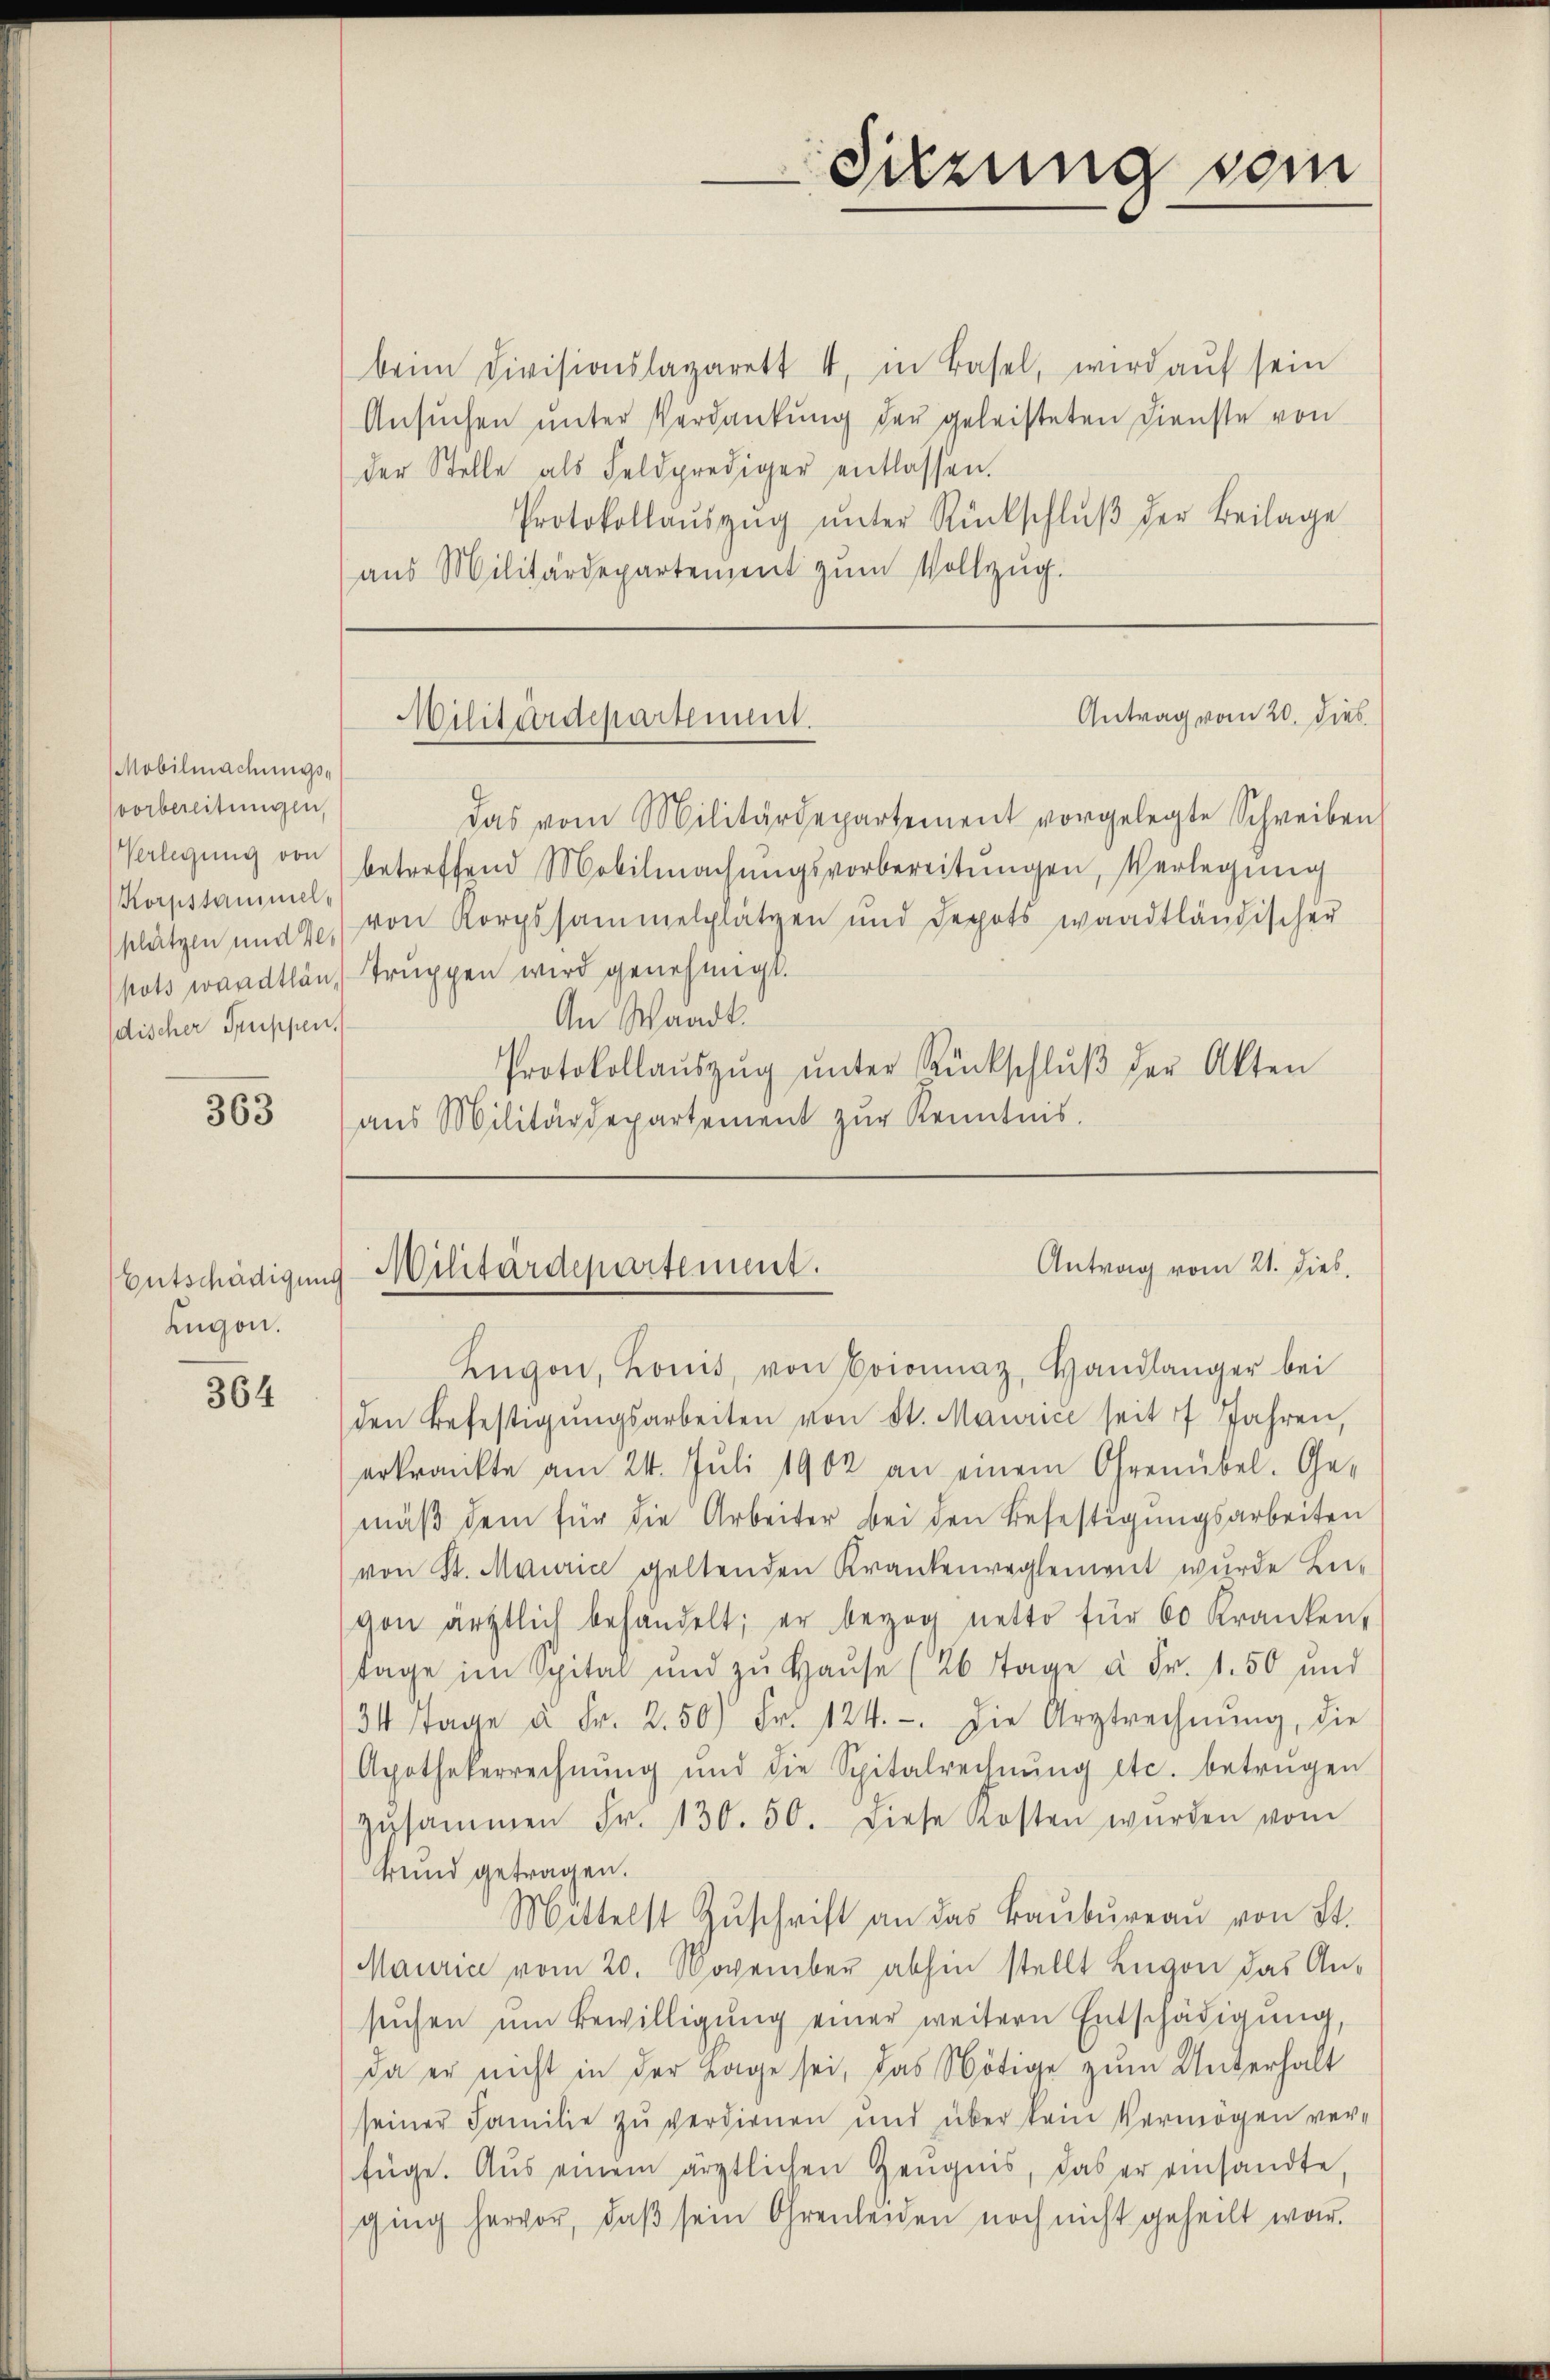
Mobilmachungs-
vorbereitungen,
Verlegung von
Korpstammel-
discher Truppen

363

Entschädigung
Zugon.

364

beim Divisionslagarett 4, in Basel, wird aŭf sein
Ansuchen unter Verdankung der geleisteten Dienste von
der Stelle als Feldprediger entlassen.
Protokollaŭszŭg ŭnter Rückschlŭβ der Beilage
aŭs Militärdepartement zŭm Vollzŭg.

Antrag vom 20. dies
das vom Militärdepartement vorgelegte Schreiben
betreffend Mobilmachŭngsvorbereitŭngen, Verlegŭng
plätzen und des von Korpssammelplatzen und Depots waadtländischer
pots waadtlän, Truppen wird genehmigt.
An Waadt.
Protokollaŭszŭg ŭnter Rückschlŭβ der Akten
aŭs Militärdepartement zŭr Kenntnis.

Militärdepartement.

Militärdepartement.

Sitzung vom

Antrag vom 21. Dieb

Augon, Konis, von Crionnaz, Handlänger bei
den Befestigŭngsarbeiten von St. Maurice seit 7 Jahren,
erkränkte am 24. Juli 1902 an einem Ohrenübel. Ge-
mäß dem für die Arbeiter bei den Befestigungsarbeiten
von St. Maurice geltenden Krankenreglement wurde be-
von ärztlich behandelt; er bezog netto für 60 Kranken,
tage im Spital und zŭ Haŭse (26 Tage à Fr. 1.50 und
34 Tage u. Fr. 2.50 Fr. 124. Die Arztrechnŭng, die
Apothekerrechnŭng ŭnd die Spitalrechnŭng etc. betrügen
zŭsammen Fr. 130. 50. Diese Kosten würden vom
krund getragen.
Mittelst Zŭschrift an das Baŭbŭreaŭ von St.
Maurice vom 20. November abhin stellt Lugon das Ansŭchen ŭm Bewilligŭng einer weitern Entschädigung,
da er nicht in der Lage sei, das Nötige zum Unterhalt
seiner Familie zu verdienen und über kein Vermögen verfüge. Aus einem ärztlichen Zeŭgnis, das er einsandte,
ging hervor, daß sein Ohrenleiden noch nicht geheilt war.